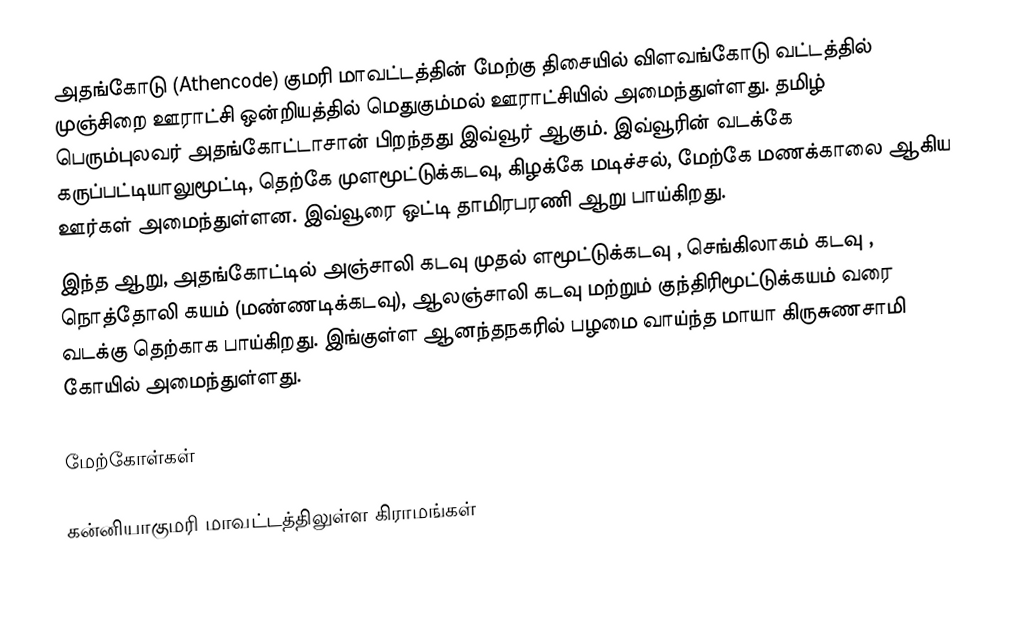
அதங்கோடு (Athencode) குமரி மாவட்டத்தின் மேற்கு திசையில் விளவங்கோடு வட்டத்தில் முஞ்சிறை ஊராட்சி ஒன்றியத்தில் மெதுகும்மல் ஊராட்சியில் அமைந்துள்ளது. தமிழ் பெரும்புலவர் அதங்கோட்டாசான் பிறந்தது இவ்வூர் ஆகும். இவ்வூரின் வடக்கே கருப்பட்டியாலுமூட்டி,  தெற்கே முளமூட்டுக்கடவு, கிழக்கே மடிச்சல், மேற்கே மணக்காலை ஆகிய ஊர்கள் அமைந்துள்ளன. இவ்வூரை ஒட்டி தாமிரபரணி ஆறு பாய்கிறது.
இந்த ஆறு, அதங்கோட்டில் அஞ்சாலி கடவு முதல் ளமூட்டுக்கடவு , செங்கிலாகம் கடவு , நொத்தோலி கயம்  (மண்ணடிக்கடவு), ஆலஞ்சாலி கடவு மற்றும் குந்திரிமூட்டுக்கயம் வரை வடக்கு தெற்காக பாய்கிறது. இங்குள்ள ஆனந்தநகரில் பழமை வாய்ந்த மாயா கிருசுணசாமி கோயில் அமைந்துள்ளது.

மேற்கோள்கள்

கன்னியாகுமரி மாவட்டத்திலுள்ள கிராமங்கள்